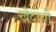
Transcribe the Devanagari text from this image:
खेदाची